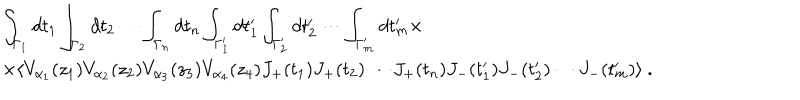
\begin{array} { r c l } { { } } & { { } } & { { \displaystyle \int _ { \Gamma _ { 1 } } d t _ { 1 } \int _ { \Gamma _ { 2 } } d t _ { 2 } \cdots \int _ { \Gamma _ { n } } d t _ { n } \int _ { \Gamma _ { 1 } ^ { \prime } } d t _ { 1 } ^ { \prime } \int _ { \Gamma _ { 2 } ^ { \prime } } d t _ { 2 } ^ { \prime } \cdots \int _ { \Gamma _ { m } ^ { \prime } } d t _ { m } ^ { \prime } \times } } \\ { { } } & { { } } & { { \times \langle V _ { \alpha _ { 1 } } ( z _ { 1 } ) V _ { \alpha _ { 2 } } ( z _ { 2 } ) V _ { \alpha _ { 3 } } ( z _ { 3 } ) V _ { \alpha _ { 4 } } ( z _ { 4 } ) J _ { + } ( t _ { 1 } ) J _ { + } ( t _ { 2 } ) \cdots J _ { + } ( t _ { n } ) J _ { - } ( t _ { 1 } ^ { \prime } ) J _ { - } ( t _ { 2 } ^ { \prime } ) \cdots J _ { - } ( t _ { m } ^ { \prime } ) \rangle ~ . } } \\ \end{array}